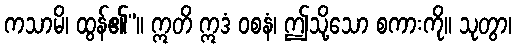
ကသာမိ၊ ထွန်၏”။ ဣတိ ဣဒံ ဝစနံ၊ ဤသို့သော စကားကို။ သုတွာ၊